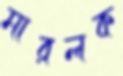
মারলক